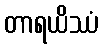
တာရယိဿံ